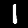
Label: 1